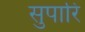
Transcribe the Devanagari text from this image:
सुपारि